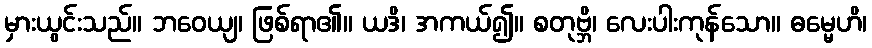
မှားယွင်းသည်။ ဘဝေယျ၊ ဖြစ်ရာ၏။ ယဒိ၊ အကယ်၍။ စတုဗ္ဘိ၊ လေးပါးကုန်သော။ ဓမ္မေဟိ၊